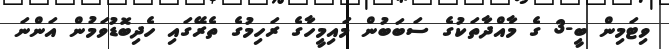
ވިޓަމިން ބީ-3 ގެ މާއްދާތަކުގެ ސަބަބުން މައިމީހާގެ ރަހިމުގެ ތެރޭގައި ހެދިބޮޑުވަމުން އަންނަ